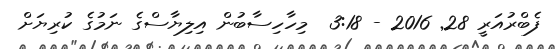
ފެބްރުއަރީ 28